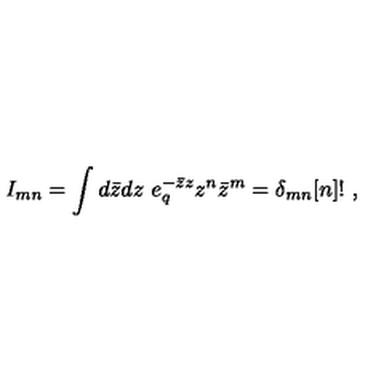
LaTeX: I _ { m n } = \int d \bar { z } d z \ e _ { q } ^ { - \bar { z } z } z ^ { n } \bar { z } ^ { m } = \delta _ { m n } [ n ] ! \ ,